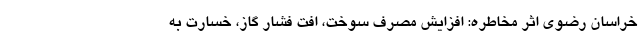
خراسان رضوی اثر مخاطره: افزایش مصرف سوخت، افت فشار گاز، خسارت به